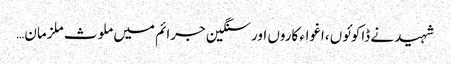
شہید نے ڈاکوئوں ،اغواء کاروں اور سنگین جرائم میں ملوث ملزمان…